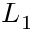
L _ { 1 }